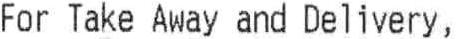
FOR TAKE AWAY AND DELIVERY,